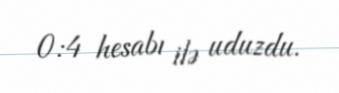
0:4 hesabı ilə uduzdu.